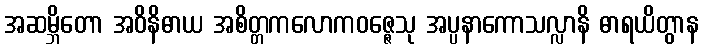
အဆမ္ဘိတော အဝိနိဓာယ အစိတ္တကလောကဝဇ္ဇေသု အပ္ပနာကောသလ္လာနိ ဓာရယိတွာန